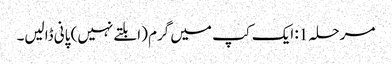
مرحلہ 1: ایک کپ میں گرم (ابلتے نہیں) پانی ڈالیں۔